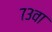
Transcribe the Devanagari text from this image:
७३वा